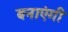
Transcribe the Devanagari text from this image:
बनाएंगी